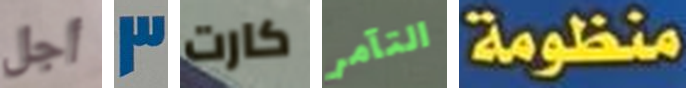
أجل 3 كارت التآمر منظومة